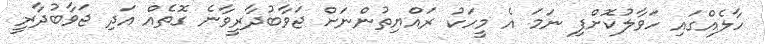
ހާލެއްގައި ހަވާލުކޮށްފި ނަމަ އެ މީހަކު ރައްޔިތުންނަށް ޖަވާބުދާރީވާނެ ގޮތެއް އަދި ޖަވާބުދާރީ